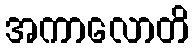
အကာလောတိ